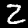
Label: 2